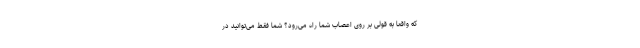
که واقعا به قولی بر روی اعصاب شما راه می‌رود؟ شما فقط می‌توانید در